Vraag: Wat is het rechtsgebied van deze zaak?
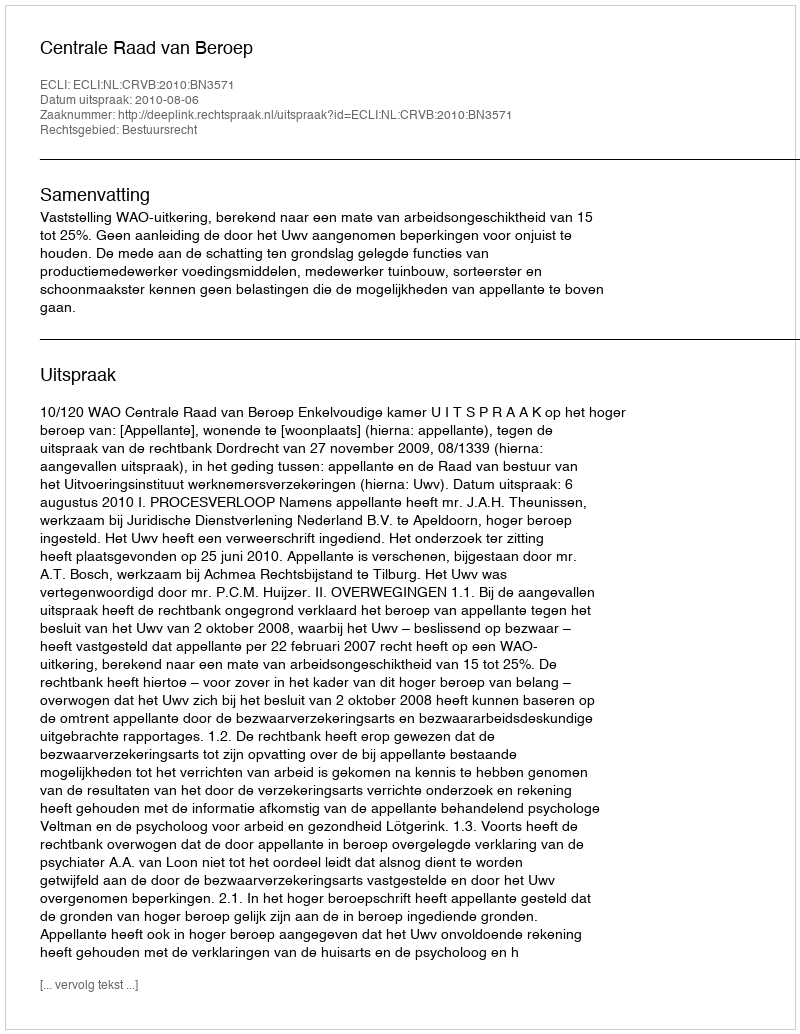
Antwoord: Bestuursrecht